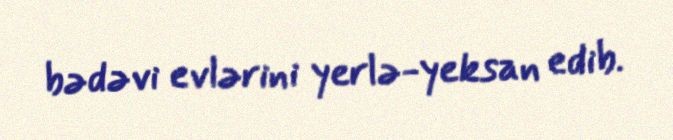
bədəvi evlərini yerlə-yeksan edib.